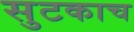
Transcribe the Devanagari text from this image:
सुटकाच